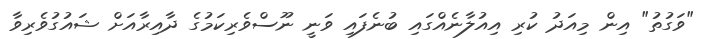
"ވަގުތު" އިން މިއަދު ކުރި އިއުލާނެއްގައި ބުނެފައި ވަނީ ނޫސްވެރިކަމުގެ ދާއިރާއަށް ޝައުގުވެރިވާ